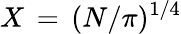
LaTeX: X\, =\, (N/\pi)^{1/4}